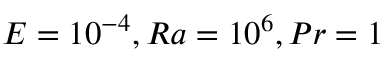
E = 1 0 ^ { - 4 } , R a = 1 0 ^ { 6 } , P r = 1